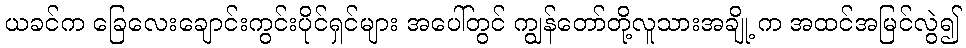
ယခင်က ခြေလေးချောင်းကွင်းပိုင်ရှင်များ အပေါ်တွင် ကျွန်တော်တို့လူသားအချို့ က အထင်အမြင်လွဲ၍